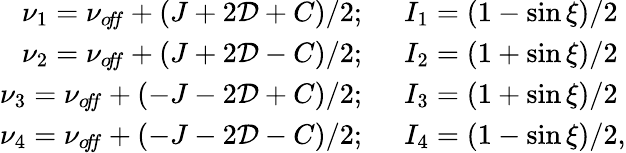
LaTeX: \begin{array}{rl}{\nu_{1}=\nu_{o\! f\! f}+(J+2\mathcal{D}+C)/2;}&{~~I_{1}=(1-\sin\xi)/2}\\ {\nu_{2}=\nu_{o\! f\! f}+(J+2\mathcal{D}-C)/2;}&{~~I_{2}=(1+\sin\xi)/2}\\ {\nu_{3}=\nu_{o\! f\! f}+(-J-2\mathcal{D}+C)/2;}&{~~I_{3}=(1+\sin\xi)/2}\\ {\nu_{4}=\nu_{o\! f\! f}+(-J-2\mathcal{D}-C)/2;}&{~~I_{4}=(1-\sin\xi)/2,}\end{array}